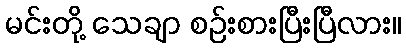
မင်းတို့ သေချာ စဉ်းစားပြီးပြီလား။